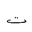
Letter: _ta